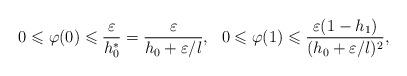
LaTeX: \begin{align*}0\leqslant \varphi(0)\leqslant\frac{\varepsilon}{h^*_0}=\frac{\varepsilon}{h_0+\varepsilon/l},\ \ 0\leqslant \varphi(1)\leqslant\frac{\varepsilon(1-h_1)}{(h_0+\varepsilon/l)^2},\end{align*}